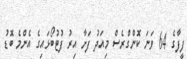
ފީފާގެ 64 ވަނަ ކޮންގްރެސް މިއަދު ފަށާ އިރު ފުޓުބޯޅައިގެ އެންމެ ބޮޑު